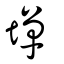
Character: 墠